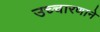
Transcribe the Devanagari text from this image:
उच्चारणाने